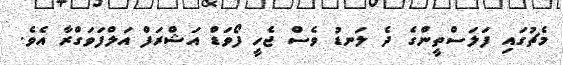
މެޗުގައި ފަލަސްތީންގެ ދެ ލަނޑު ވެސް ޖެހީ ފޯވަޑް އަޝްރަފް އަލްފަވަގްރާ އެވެ.